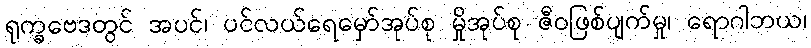
ရုက္ခဗေဒတွင် အပင်၊ ပင်လယ်ရေမှော်အုပ်စု မှိုအုပ်စု ဇီဝဖြစ်ပျက်မှု၊ ရောဂါဘယ၊